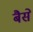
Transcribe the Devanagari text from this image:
बैसे